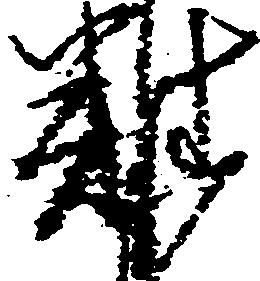
難